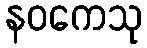
နဝကေသု